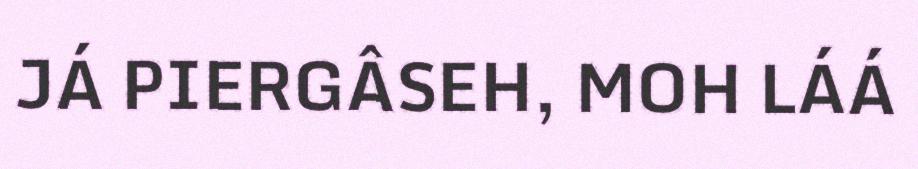
JÁ PIERGÂSEH, MOH LÁÁ